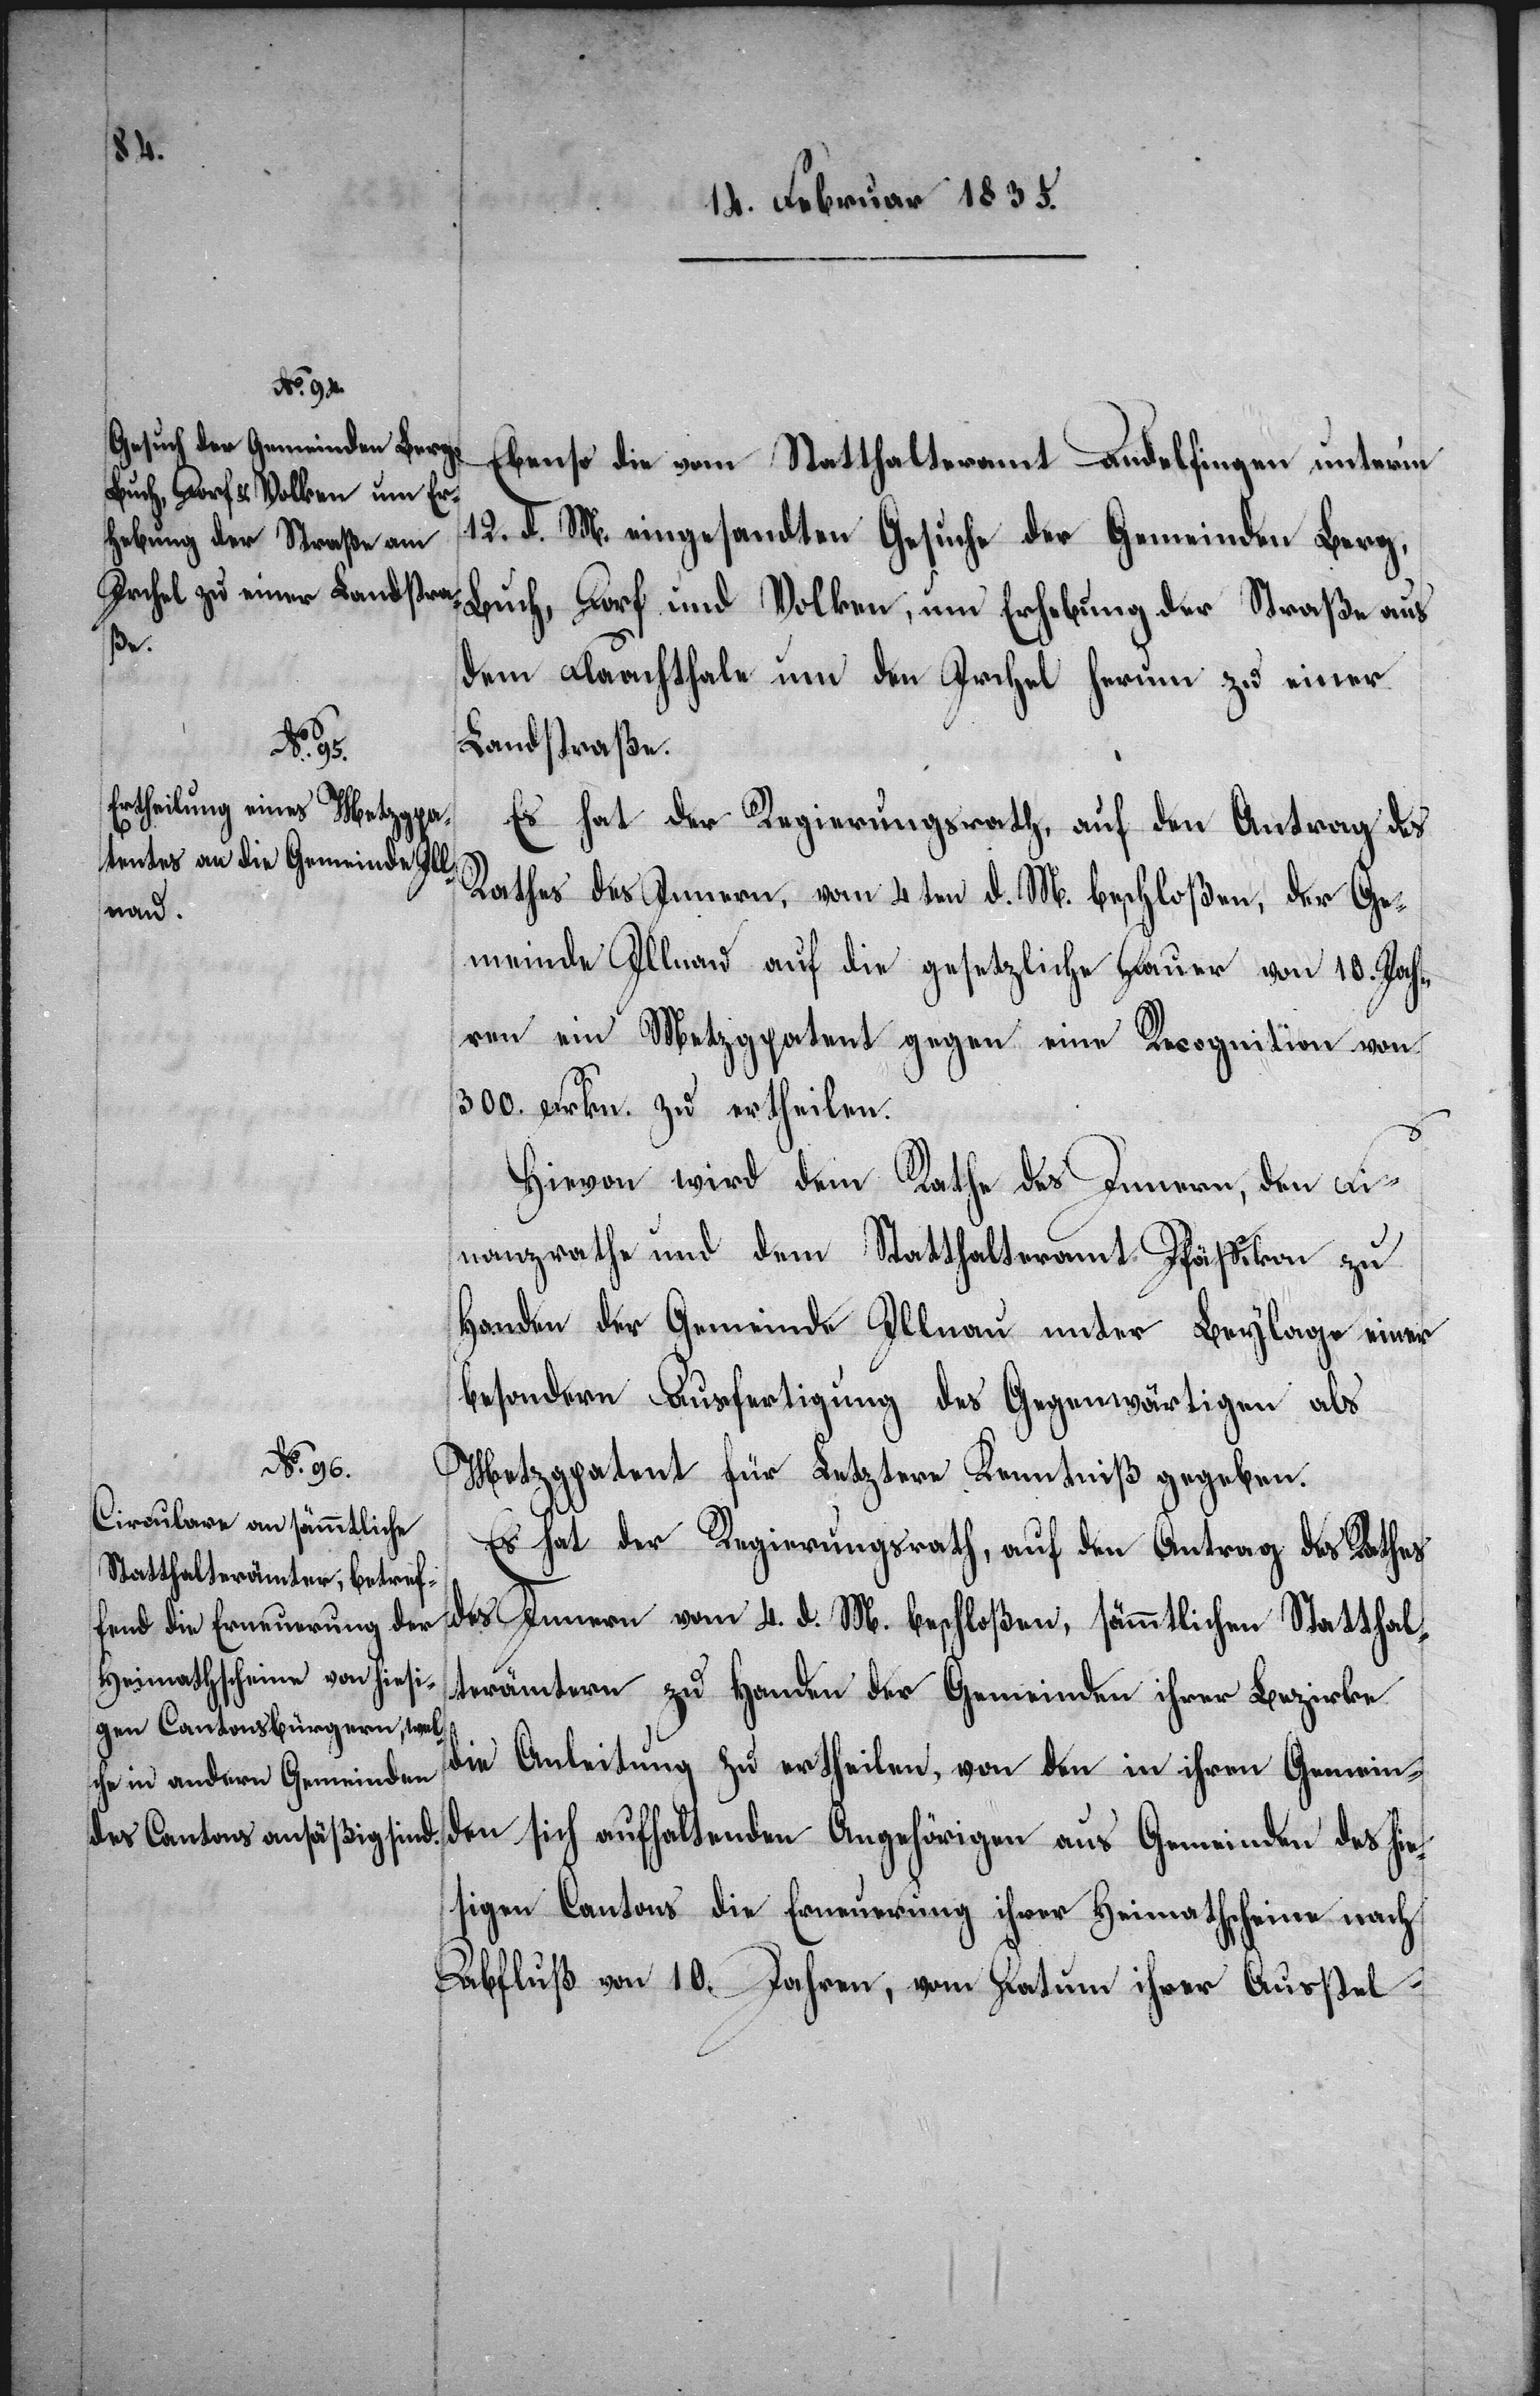
des hie¬
Ebenso die vom Statthalteramt Andelfingen unterm
12. d. M. eingesandten Gesuche der Gemeinden Berg,
Buch, Dorf und Volken, um Erhebung der Straße aus
dem Flaachthale um den Irchel herum zu einer
Landstraße.
c!] Fi¬
Es hat der Regierungsrath, auf den Antrag des
Rathes des Innern, vom 4 ten d. M. beschloßen, der Ge¬
meinde Illnau auf die gesetzliche Dauer von 10. Jah¬
ren ein Metzgpatent gegen eine Recognition von
300. Frkn. zu ertheilen.
Hievon wird dem Rathe des Innern, den [si¬
nanzrathe und dem Statthalteramt Pfäffikon zu
Handen der Gemeinde Illnau unter Beylage einer
besondern Ausfertigung des Gegenwärtigen als
Metzgpatent für Letztere Kenntniß gegeben.
Es hat der Regierungsrath, auf den Antrag des Rathes
des Innern vom 4. d. M. beschloßen, sämmtlichen Statthal¬
terämtern zu Handen der Gemeinden ihrer Bezirke
die Anleitung zu ertheilen, von den in ihren Gemein¬
sigen Cantons die Erneuerung ihrer Heimathscheine nach
Abfluß von 10. Jahren, vom Datum ihrer Ausstel-